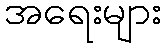
အရေးများ